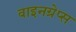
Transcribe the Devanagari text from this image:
वाइनग्रेप्स